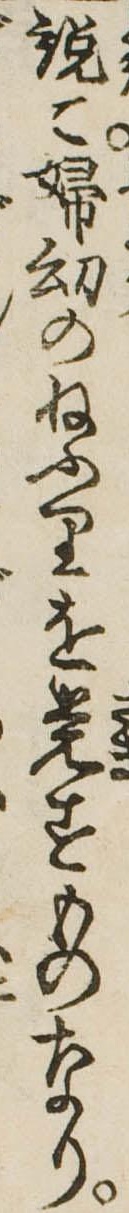
説て婦幼のねふりを覚すものなり